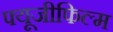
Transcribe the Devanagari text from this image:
फ्यूजीफिल्म